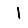
Digit: 1